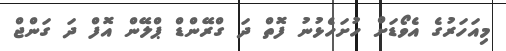
މިއަހަރުގެ އެވޯޑަށް ހުށަހެޅުނު ފޮތް ދަ ގްރޭންޑް ޕްލޭން އޮފް ދަ ގަންޖް